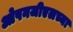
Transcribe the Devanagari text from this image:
ओपनजीएलच्या